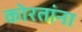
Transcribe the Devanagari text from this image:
कोरतांना